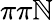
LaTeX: \pi\pi\mathbb{N}